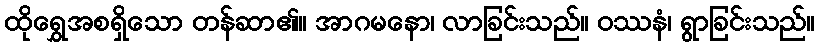
ထိုရွှေအစရှိသော တန်ဆာ၏။ အာဂမနော၊ လာခြင်းသည်။ ဝဿနံ၊ ရွာခြင်းသည်။